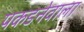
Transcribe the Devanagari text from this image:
पकडनेवाला